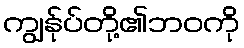
ကျွန်ုပ်တို့၏ဘဝကို